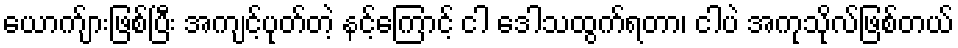
ယောက်ျားဖြစ်ပြီး အကျင့်ပုတ်တဲ့ နင့်ကြောင့် ငါ ဒေါသထွက်ရတာ၊ ငါပဲ အကုသိုလ်ဖြစ်တယ်